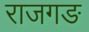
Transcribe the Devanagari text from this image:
राजगङ